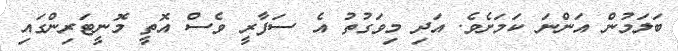
ބަލަމުން އަންނަ ކަމަށެވެ. އަދި މިވަގުތު އެ ސަފާރީ ވެސް އޮތީ މޮނީޓަރިންގައި